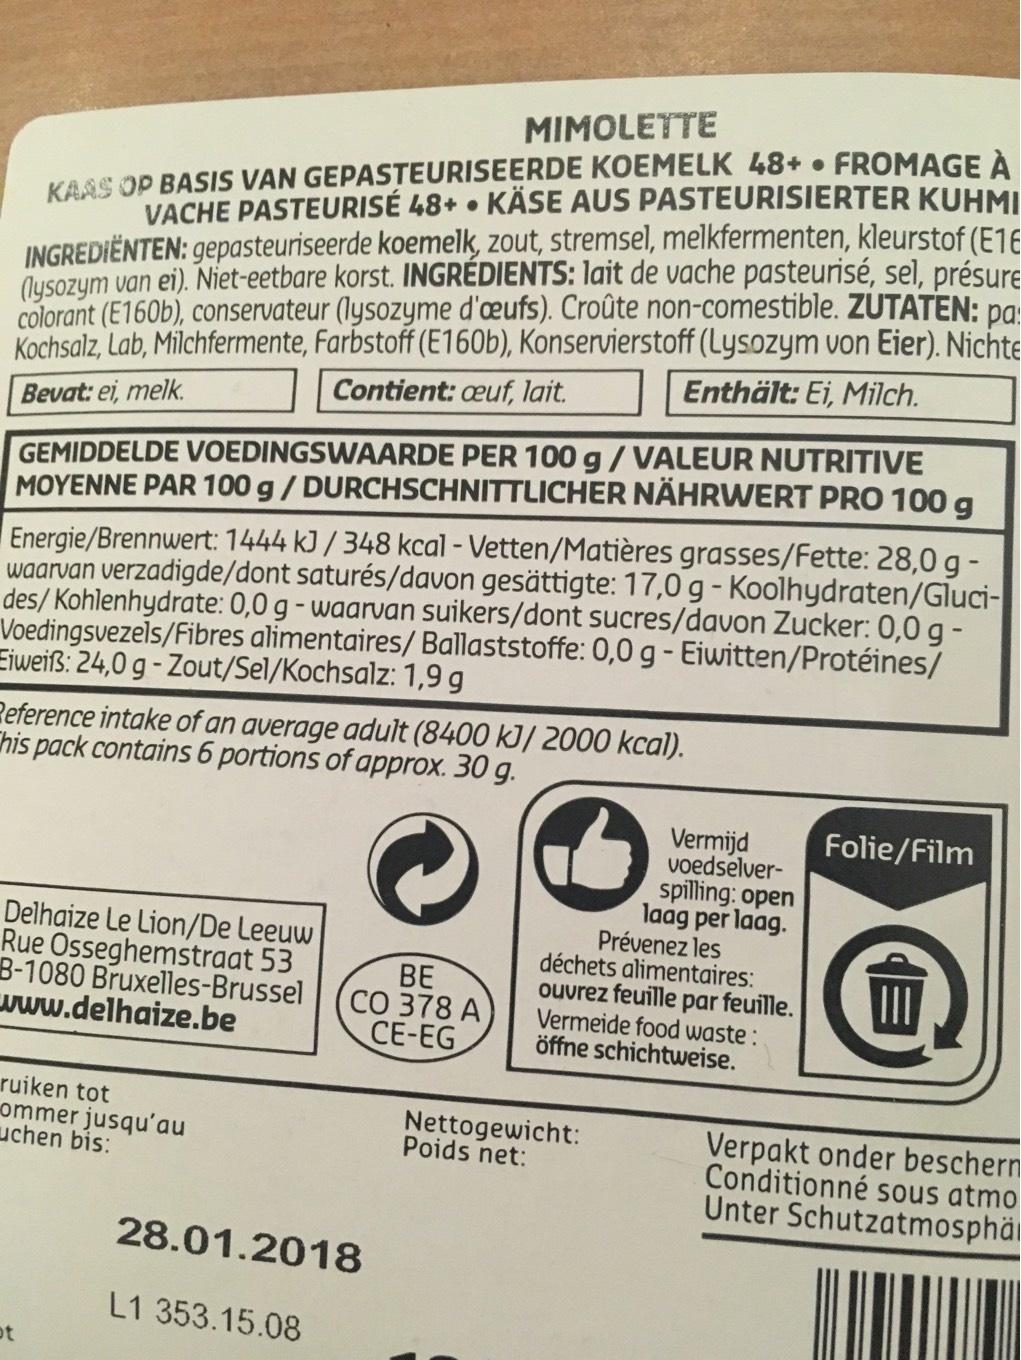
MIMOLETTE
KAAS OP BASIS VAN GEPASTEURISEERDE KOEMELK 48+ • FROMAGE À VACHE PASTEURISÉ 48+ KÄSE AUS PASTEURISIERTER KUHMI
INGREDIËNTEN: gepasteuriseerde koemelk, zout, stremsel, melkfermenten, kleurstof (E16 (lysozym van ei). Niet-eetbare korst. INGREDIENTS: lait de vache pasteurisé, sel, présure colorant (E160b), conservateur (lysozyme d'œufs). Croûte non-comestible. ZUTATEN: pa Kochsalz, Lab, Milchfermente, Farbstoff (E160b), Konservierstoff (Lysozym von Eier). Nichte Bevat: ei, melk. Enthält: Ei, Milch.
Contient: ceuf, lait.
GEMIDDELDE VOEDINGSWAARDE PER 100 g / VALEUR NUTRITIVE MOYENNE PAR 100 g / DURCHSCHNITTLICHER NÄHRWERT PRO 100 g
Energie/Brennwert: 1444 kJ / 348 kcal - Vetten/Matières grasses/Fette: 28,0 g - waarvan verzadigde/dont saturés/davon gesättigte: 17,0 g - Koolhydraten/Glucides/Kohlenhydrate: 0,0 g - waarvan suikers/dont sucres/davon Zucker: 0,0 g - Voedingsvezels/Fibres alimentaires/ Ballaststoffe: 0,0 g - Eiwitten/Protéines/ Eiweiß: 24,0 g-Zout/Sel/Kochsalz: 1,9 g
Reference intake of an average adult (8400 kJ/ 2000 kcal). This pack contains 6 portions of approx. 30 g.
Delhaize Le Lion/De Leeuw Rue Osseghemstraat 53 B-1080 Bruxelles-Brussel
www.delhaize.be
●
ruiken tot ommer jusqu'au uchen bis:
t
BE
CO 378 A CE-EG
28.01.2018
L1 353.15.08
Vermijd voedselverspilling: open laag per laag.
Prévenez les déchets alimentaires: ouvrez feuille par feuille. Vermeide food waste: öffne schichtweise.
Nettogewicht: Poids net:
Folie/Film
III
Verpakt onder beschern Conditionné sous atmo Unter Schutzatmosphä